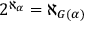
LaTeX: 2 ^ { \aleph _ { \alpha } } = \aleph _ { G ( \alpha ) }